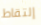
إلتقاط